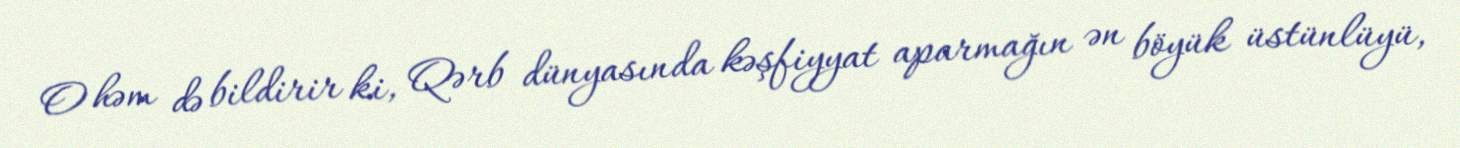
O həm də bildirir ki, Qərb dünyasında kəşfiyyat aparmağın ən böyük üstünlüyü,